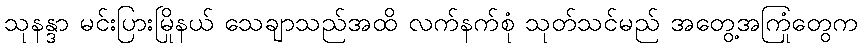
သုနန္ဒာ မင်းပြားမြိုနယ် သေချာသည်အထိ လက်နက်စုံ သုတ်သင်မည် အတွေ့အကြုံတွေက